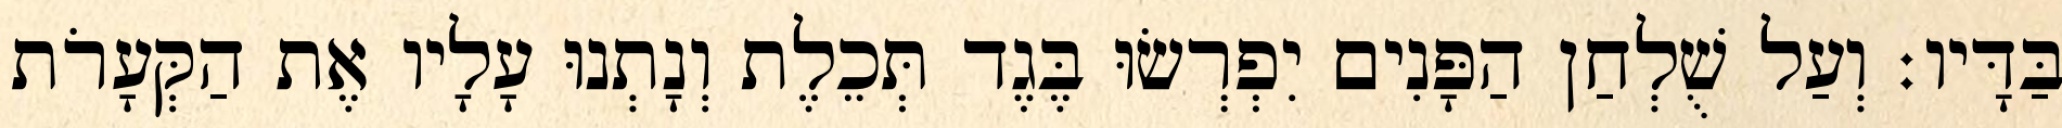
בַּדָּיו׃ וְעַל שֻׁלְחַן הַפָּנִים יִפְרְשׂוּ בֶּגֶד תְּכֵלֶת וְנָתְנוּ עָלָיו אֶת הַקְּעָרֹת